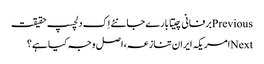
Previousبرفانی چیتا بارے جانئے اِک دلچسپ حقیقت
Nextامریکہ ایران تنازعہ، اصل وجہ کیا ہے؟